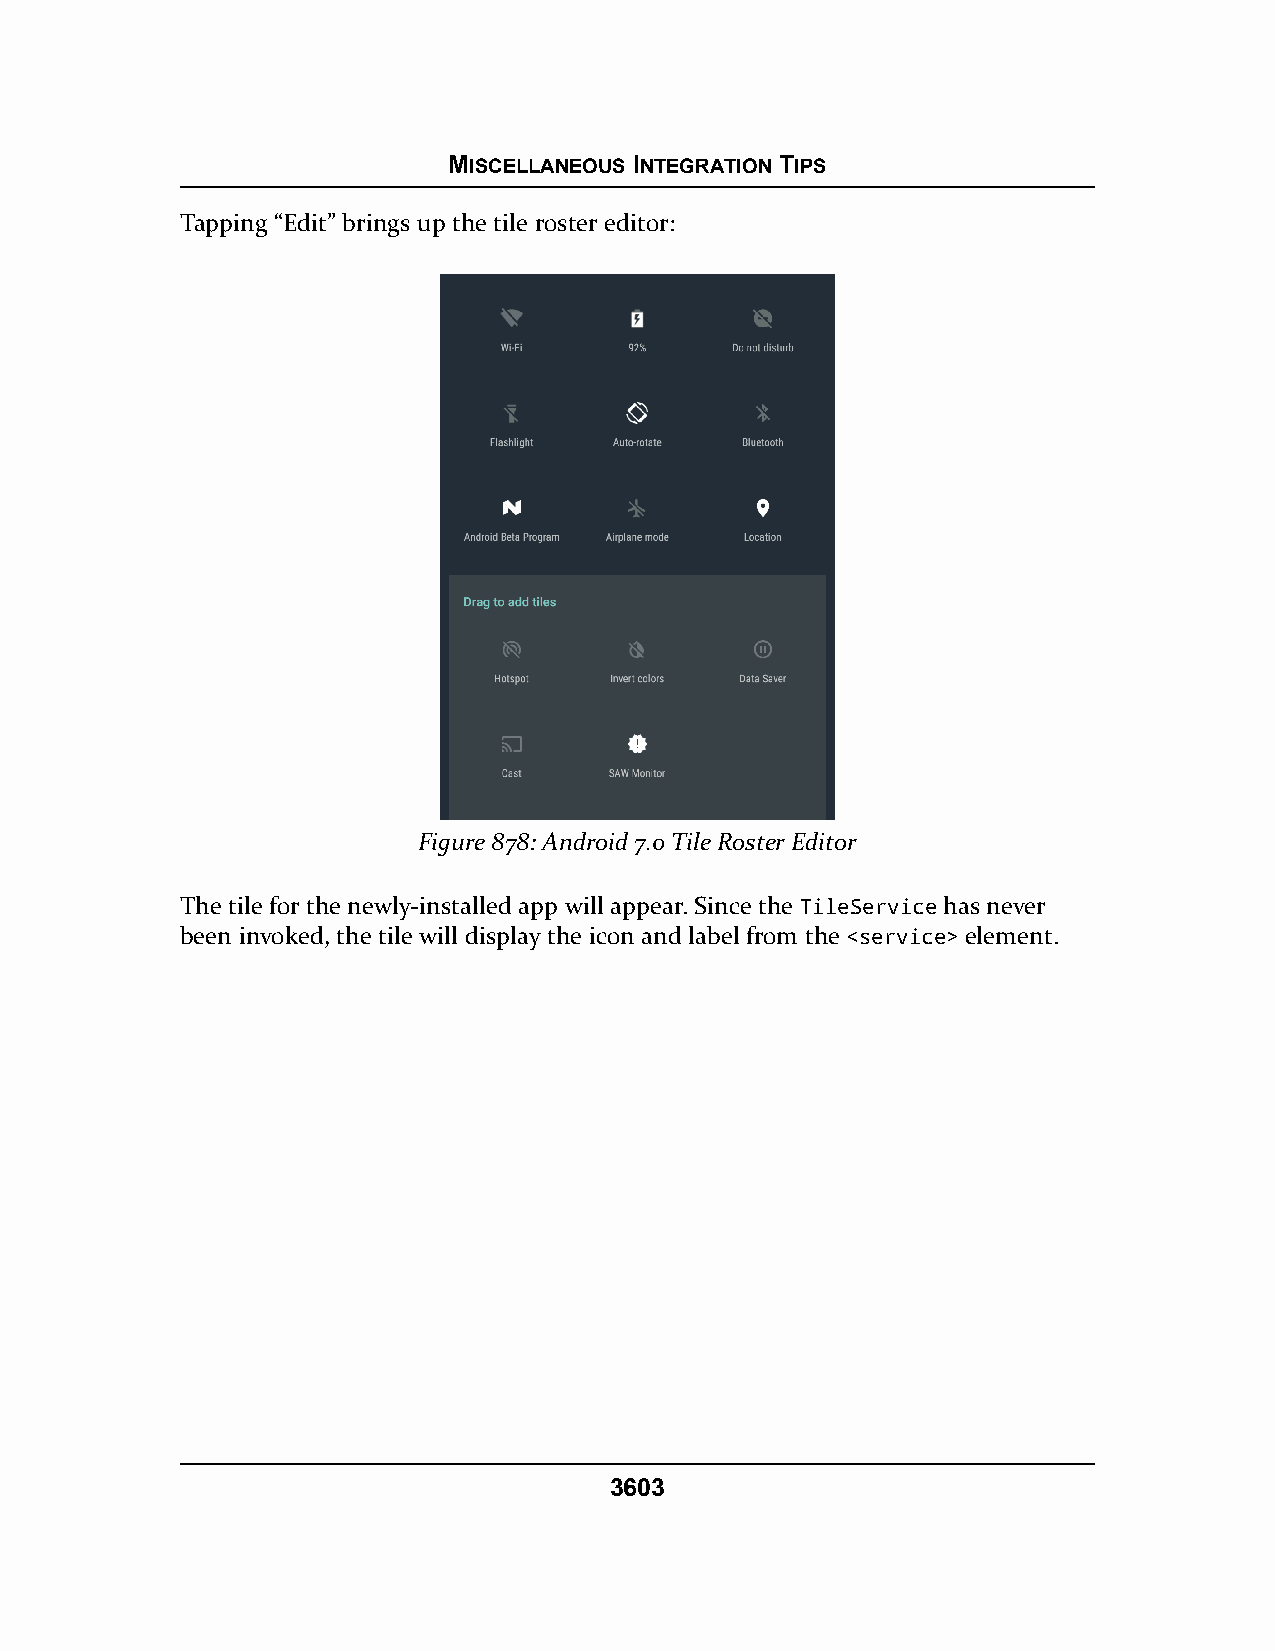
MISCELLANEOUS INTEGRATION TIPS
 Tapping “Edit” brings up the tile roster editor:
 Figure 878: Android 7.0 Tile Roster Editor
 The tile for the newly-installed app will appear. Since the TileService has never
 been invoked, the tile will display the icon and label from the <service> element.
 3603